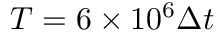
T = 6 \times 1 0 ^ { 6 } \Delta t